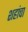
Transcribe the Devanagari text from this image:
शहांचा